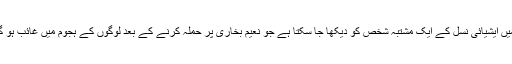
جس میں ایشیائی نسل کے ایک مشتبہ شخص کو دیکھا جا سکتا ہے جو نعیم بخاری پر حملہ کرنے کے بعد لوگوں کے ہجوم میں غائب ہو گیا تھا۔